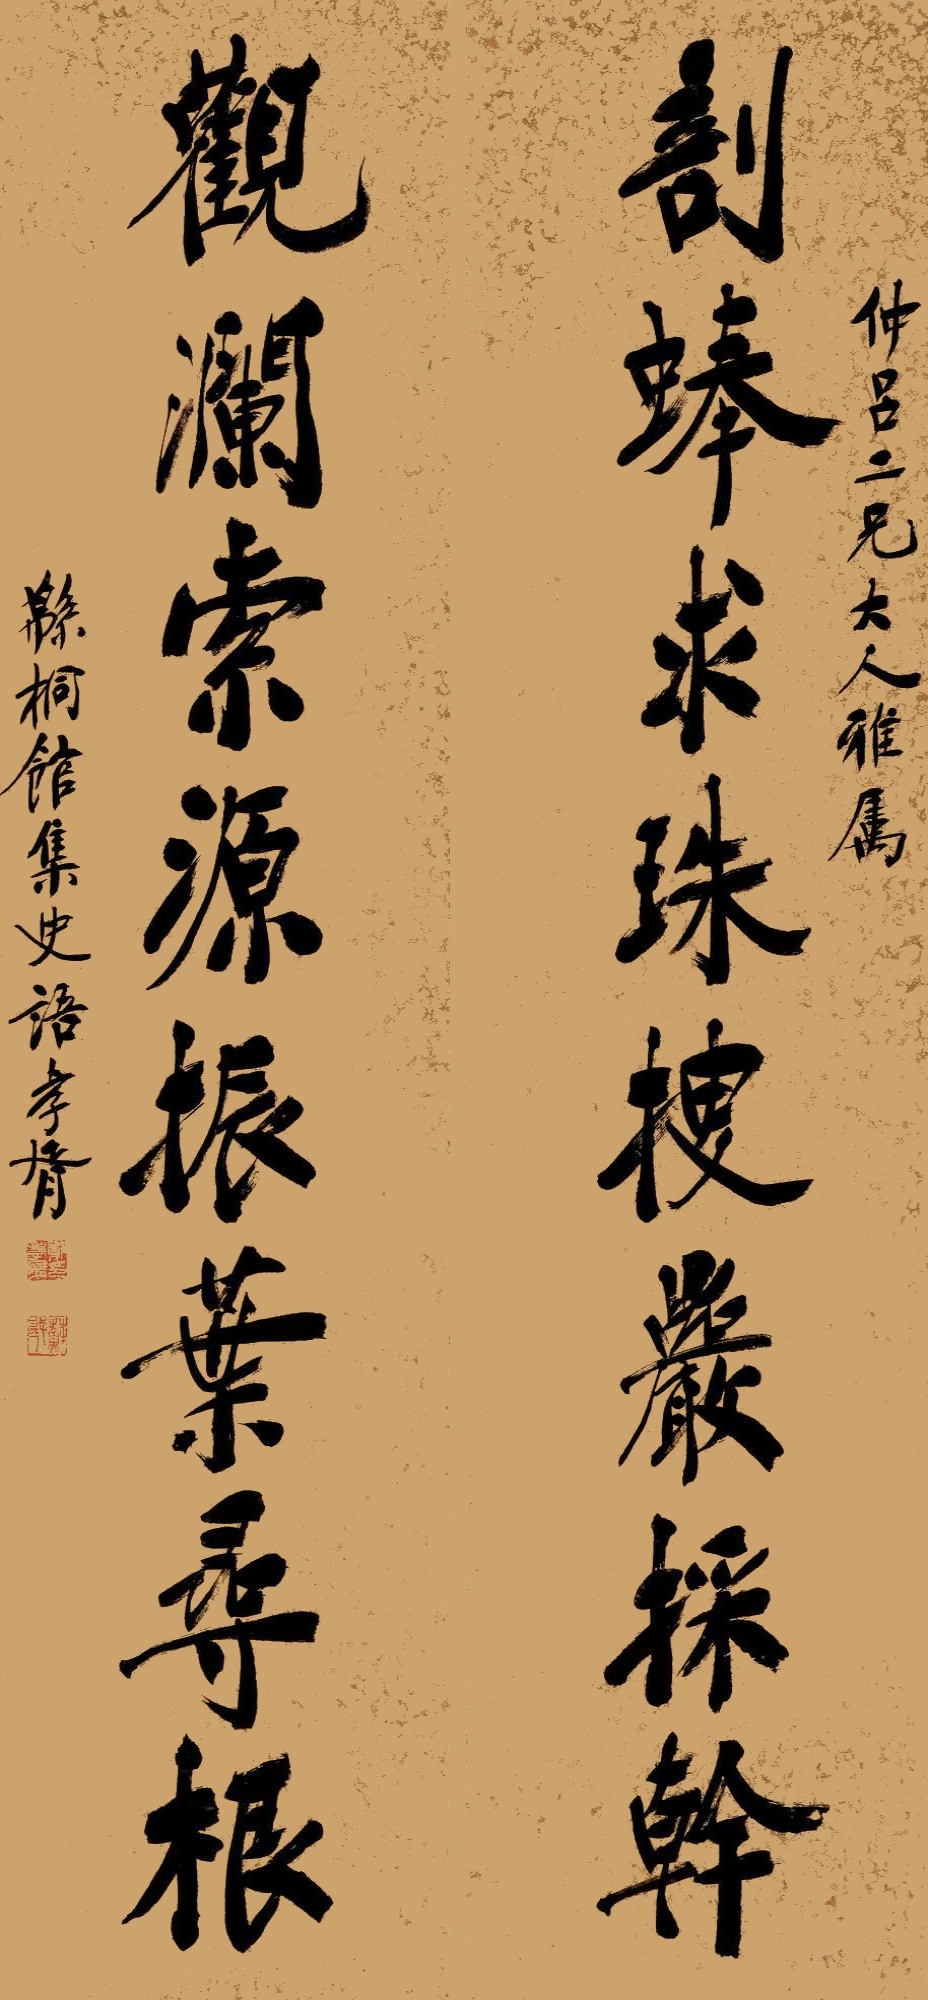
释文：剖蚌求珠搜岩采干，观澜索源振叶寻根。仲吕二兄大人雅属，绵桐馆集史语，孝胥。